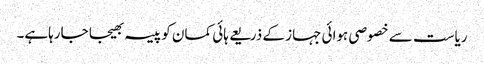
ریاست سے خصوصی ہوائی جہاز کے ذریعے ہائی کمان کو پیسہ بھیجا جارہاہے۔